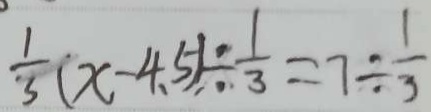
\frac { 1 } { 3 } ( x - 4 . 5 ) \div \frac { 1 } { 3 } = 7 \div \frac { 1 } { 3 }